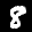
Label: 8